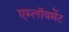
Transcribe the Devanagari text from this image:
एम्लॉयमेंट